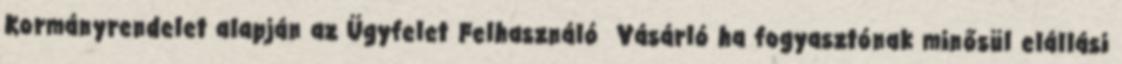
Kormányrendelet alapján az Ügyfelet Felhasználó Vásárló ha fogyasztónak minősül elállási